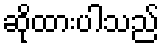
ဆိုထားပါသည်